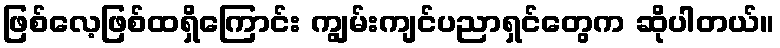
ဖြစ်လေ့ဖြစ်ထရှိကြောင်း ကျွမ်းကျင်ပညာရှင်တွေက ဆိုပါတယ်။